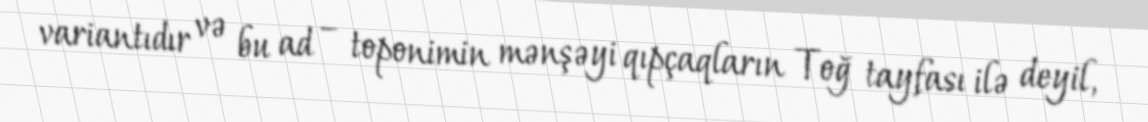
variantıdır və bu ad – toponimin mənşəyi qıpçaqların Toğ tayfası ilə deyil,